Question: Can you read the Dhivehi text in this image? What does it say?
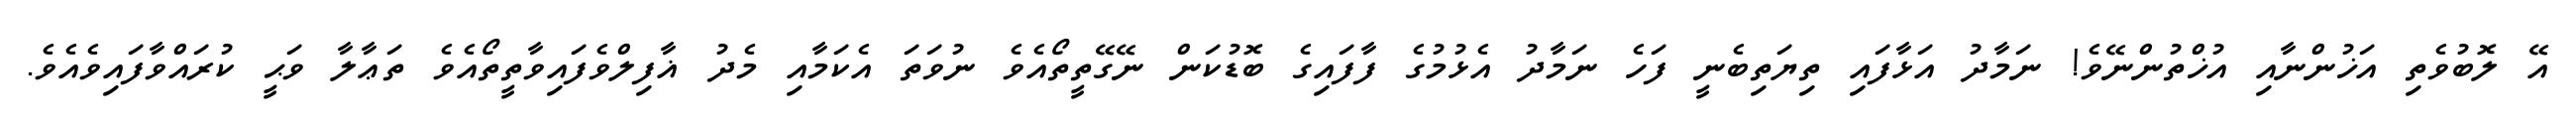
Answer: އޭ ލޮބުވެތި އަޚުންނާއި އުޚްތުންނޭވެ! ނަމާދު އަޅާފައި ތިޔަތިބެނީ ފަހެ ނަމާދު އެޅުމުގެ ފާފައިގެ ބޮޑުކަން ނޭގޭތީތޯއެވެ ނުވަތަ އެކަމާއި މެދު ޣާފިލްވެފައިވާތީތޯއެވެ ތަޢާލާ ވަޙީ ކުރައްވާފައިވެއެވެ.